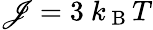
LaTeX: \mathscr{J}=3\mathrm{{~}}k_{\mathrm{{~B~}}}T